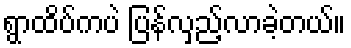
ရွာထိပ်ကပဲ ပြန်လှည့်လာခဲ့တယ်။